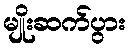
မျိုးဆက်ပွား